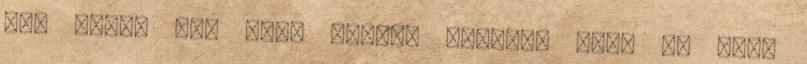
úgy látom idő kell hozzá, sok-sok szót ki kell